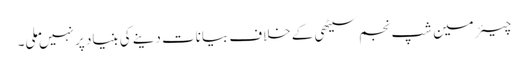
چیئرمین شپ نجم سیٹھی کے خلاف بیانات دینے کی بنیاد پر نہیں ملی۔